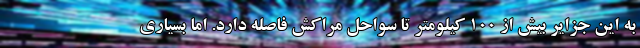
به این جزایر بیش از 100 کیلومتر تا سواحل مراکش فاصله دارد. اما بسیاری